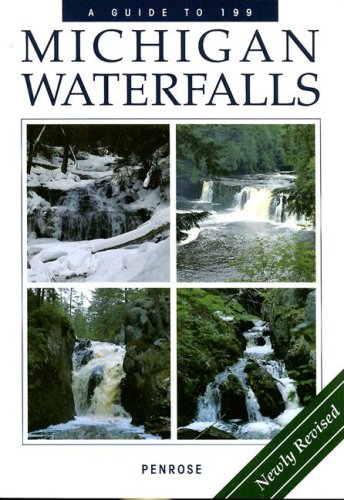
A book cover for A Guide to 199 Michigan Waterfalls; Penrose Laurie; Travel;